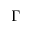
\Gamma